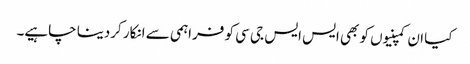
کیا ان کمپنیوں کو بھی ایس ایس جی سی کو فراہمی سے انکار کردینا چاہیے۔